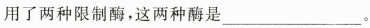
用了两种限制酶，这两种酶是___。